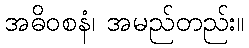
အဓိဝစနံ၊ အမည်တည်း။